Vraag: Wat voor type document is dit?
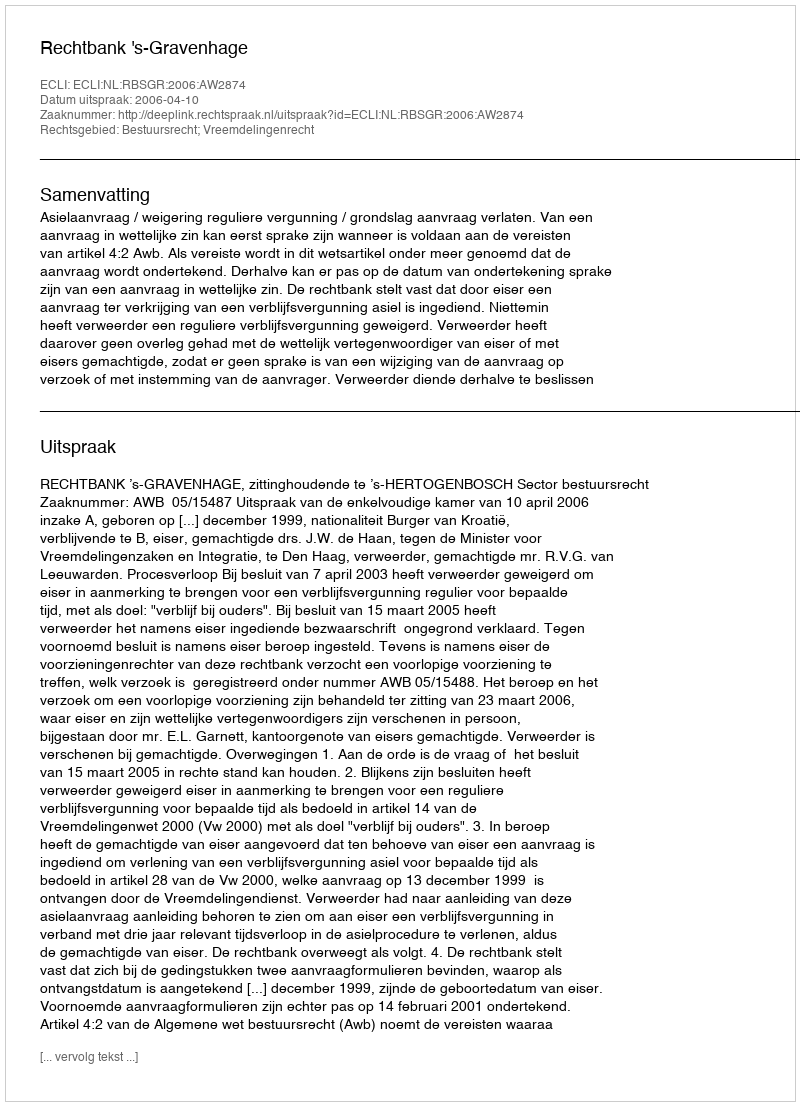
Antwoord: Uitspraak